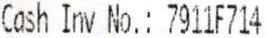
CASH INV NO.: 7911F714